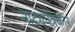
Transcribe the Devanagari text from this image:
नाट्यपत्रकार